DOW-UAP-D75, Mission Report, Gulf of Aden, July 2024
Agency: Department of War
Incident date: 7/14/24
Incident location: Gulf of Aden
Page 7
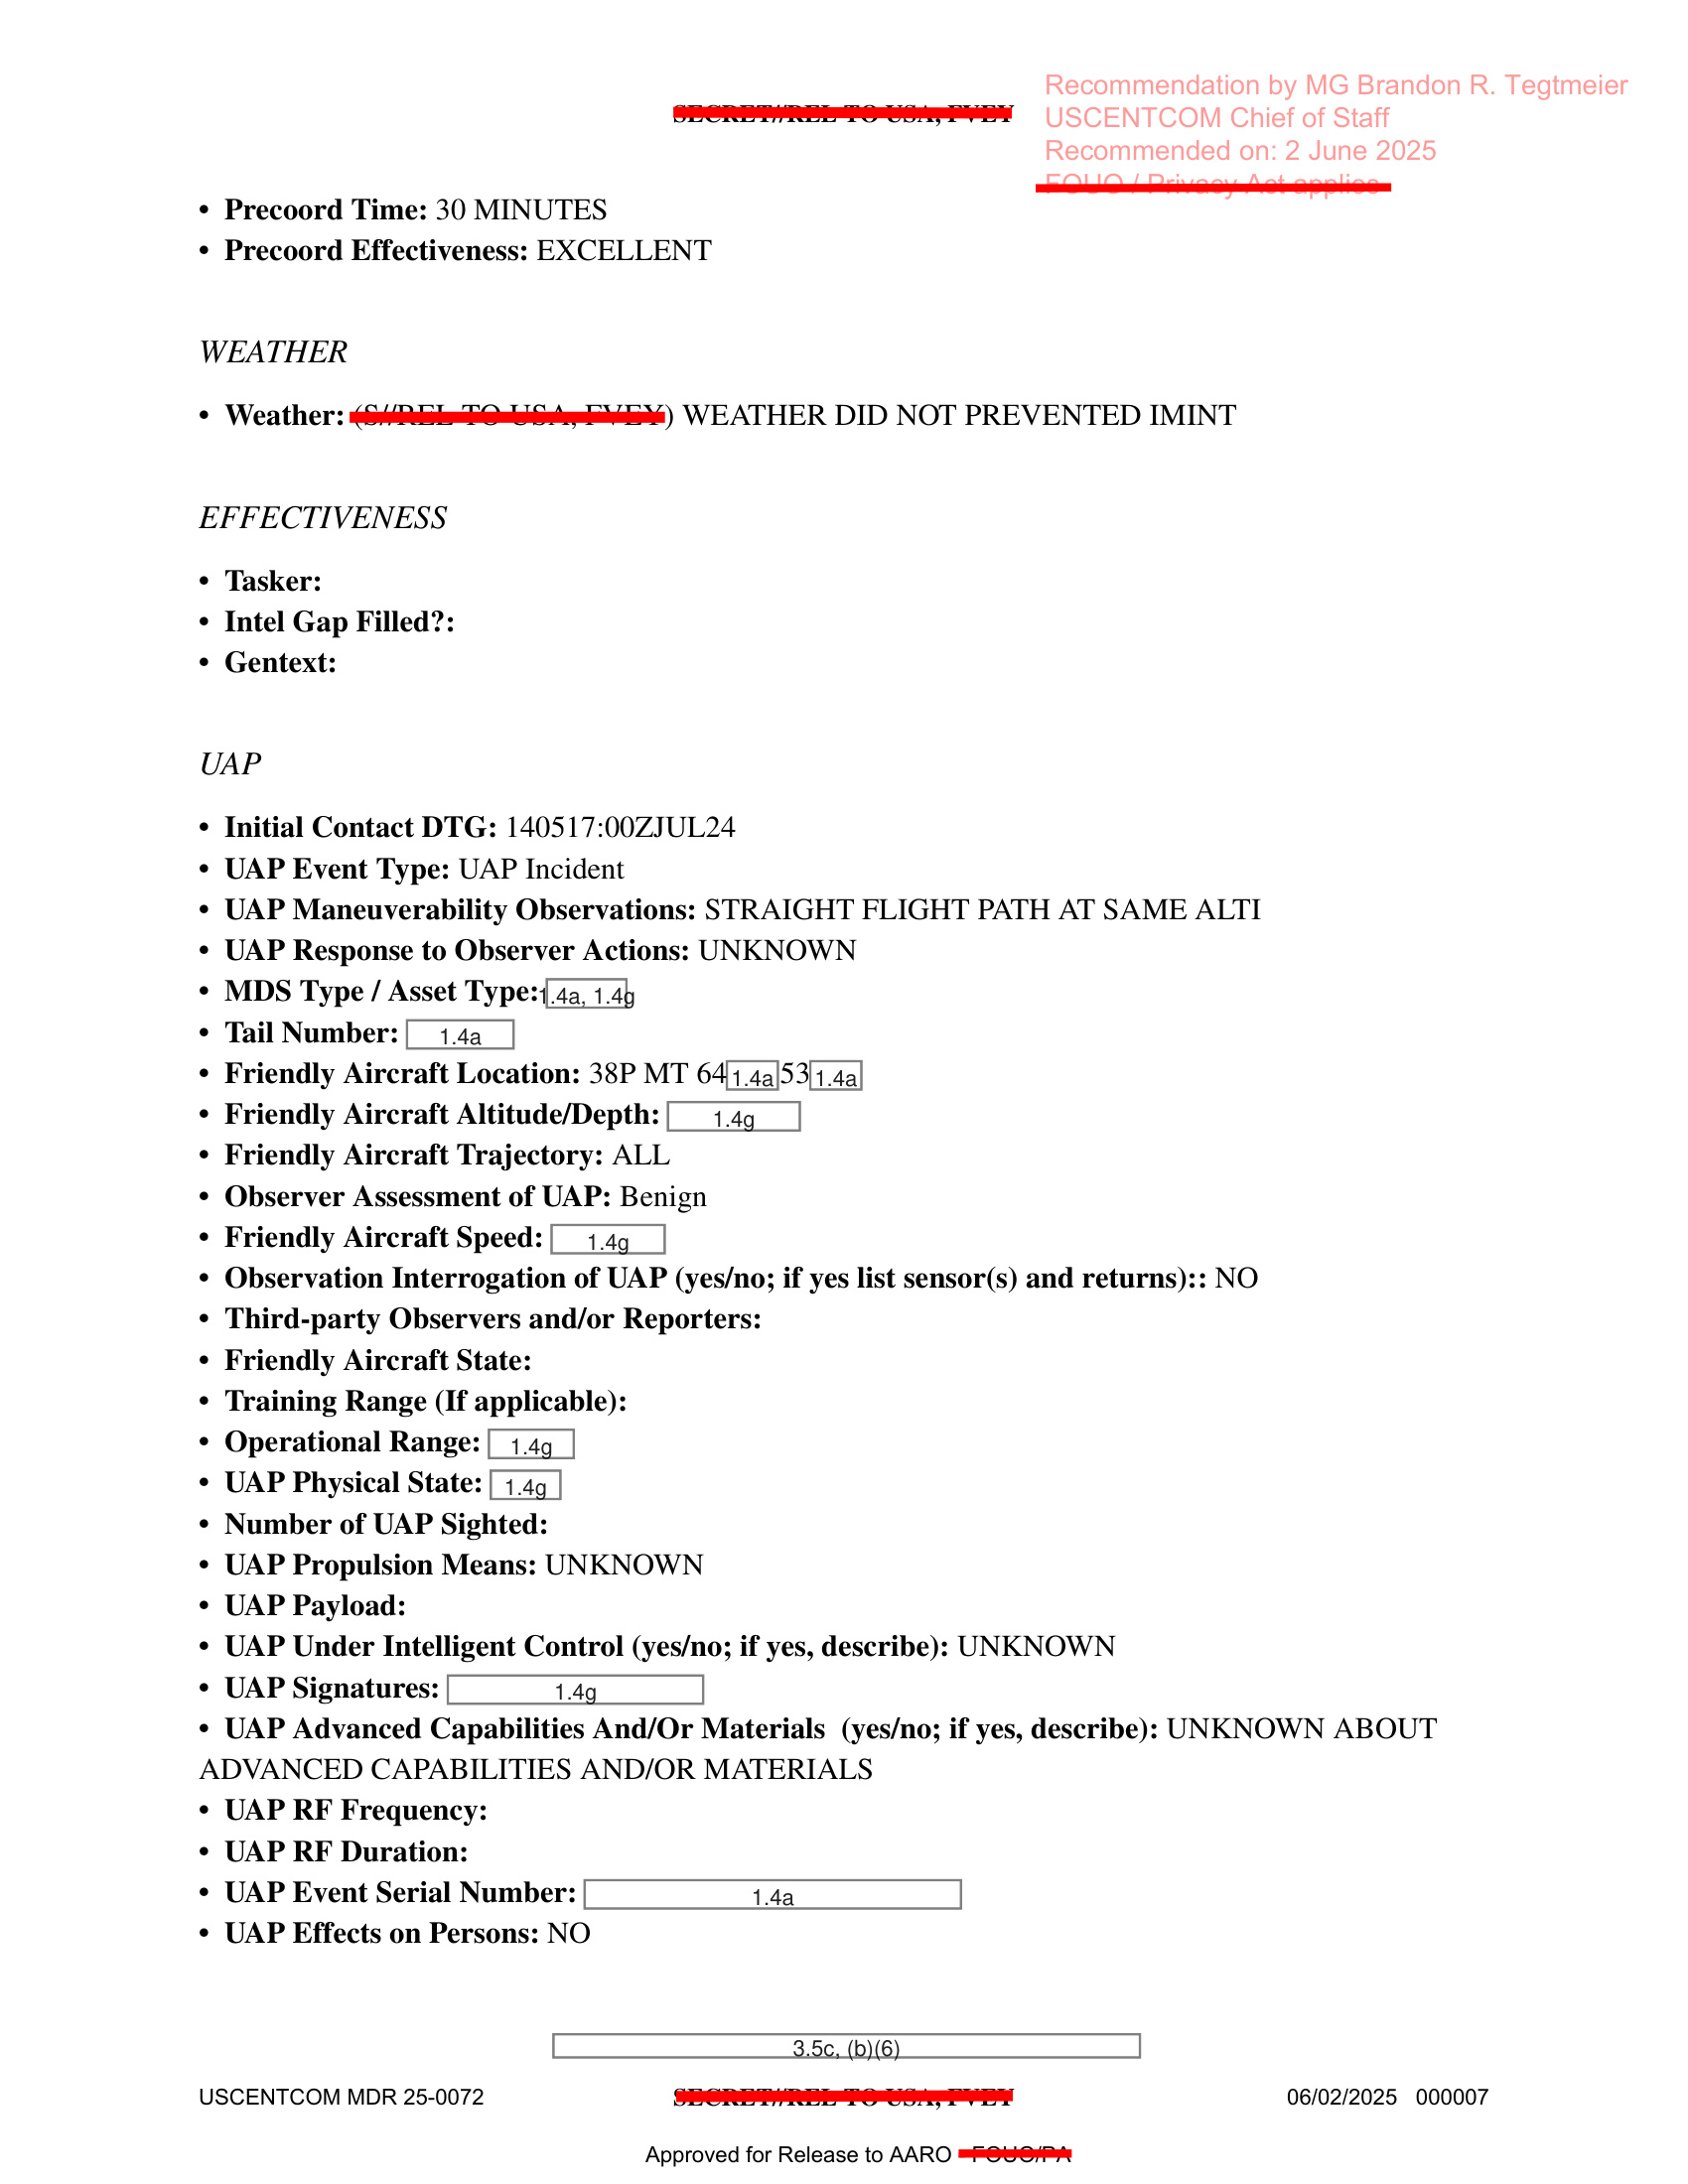